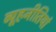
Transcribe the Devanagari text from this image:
व्यूहनीतियां